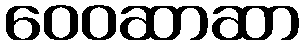
ဝေဝဆာဆာ